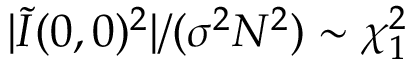
| \tilde { I } ( 0 , 0 ) ^ { 2 } | / ( \sigma ^ { 2 } N ^ { 2 } ) \sim \chi _ { 1 } ^ { 2 }